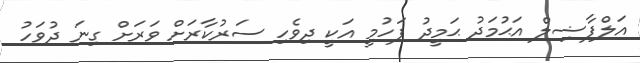
އަލްފާޟިލް އަޙުމަދު ޙަމީދު ފަހުމީ އަކީ ދިވެހި ސަރުކާރަށް ވަރަށް ގިނަ ދުވަހު